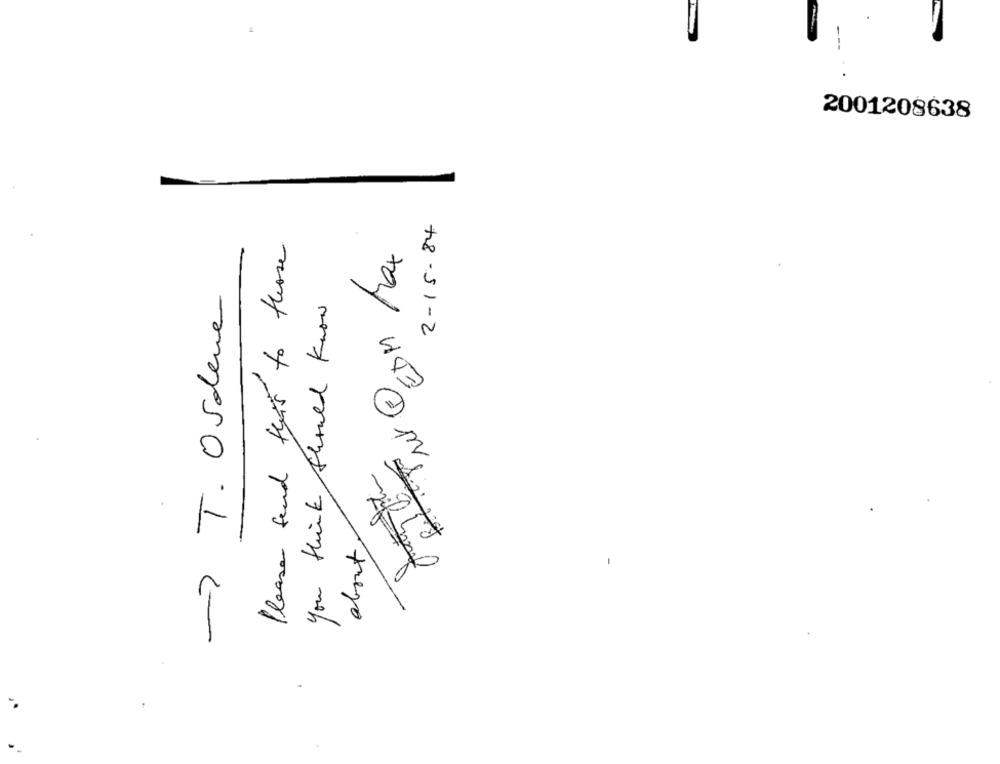
2001208638
2-15-84
Please send this to those
EDM Ma
-> T. Ordene
you think should know
about,